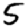
Digit: 5